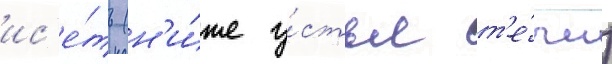
ис'е́ть (н'и́же у́стья т'е́чи)